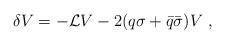
LaTeX: \begin{align*}\delta V=-{\mathcal L} V -2(q\sigma+{\bar q}{\bar\sigma})V\ ,\end{align*}